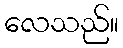
လေသည်။